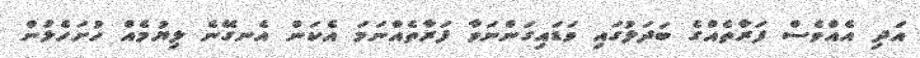
އަދި އެއްވެސް ފަރާތެއްގެ ބަދަލުގައި ވަޑައިގަންނަވާ ފަރާތެއްނަމަ އެކަން އެނގޭނެ ލިޔުމެއް ހުށަހެޅުން